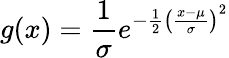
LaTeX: \displaystyle{g(x)=\frac{1}{\sigma}e^{-{\frac{1}{2}}\left({\frac{x-\mu}{\sigma}}\right)^{2}}}